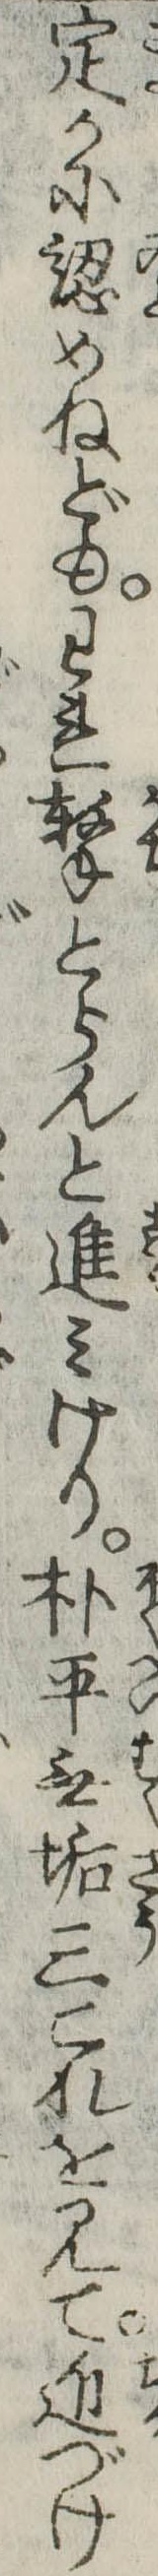
定かに認めねどもわれ撃とらんと進みけり朴平無垢三これを見て近づけ